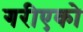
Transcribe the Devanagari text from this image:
गरीएको